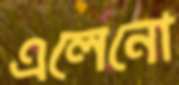
এলেনো